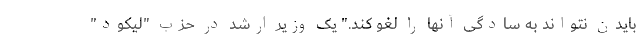
بایدن نتواند به سادگی آنها را لغو کند." یک وزیر ارشد در حزب "لیکود"